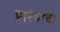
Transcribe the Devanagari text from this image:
प्रारंभाचा